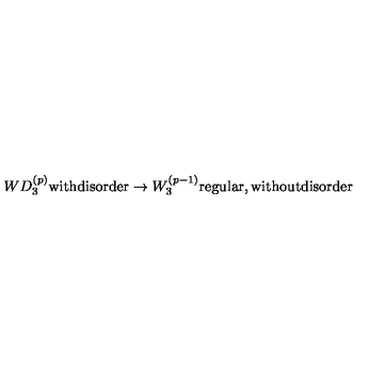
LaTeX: W D _ { 3 } ^ { ( p ) } \mathrm { w i t h d i s o r d e r } \rightarrow W _ { 3 } ^ { ( p - 1 ) } \mathrm { r e g u l a r , w i t h o u t d i s o r d e r }